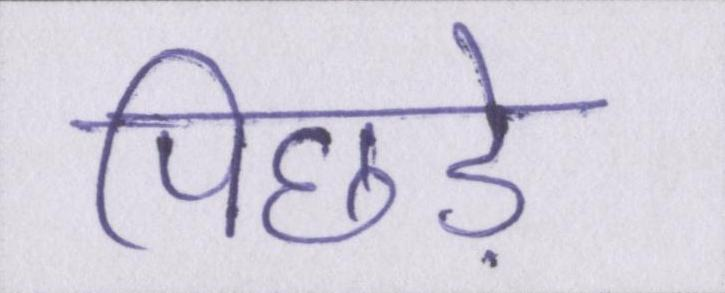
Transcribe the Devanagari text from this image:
पिछड़े